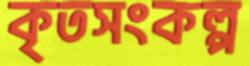
কৃতসংকল্প